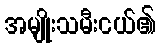
အမျိုးသမီးငယ်၏